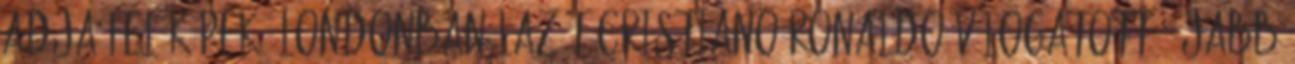
adja fel Képek: Londonban lazít Cristiano Ronaldo Válogatott: újabb